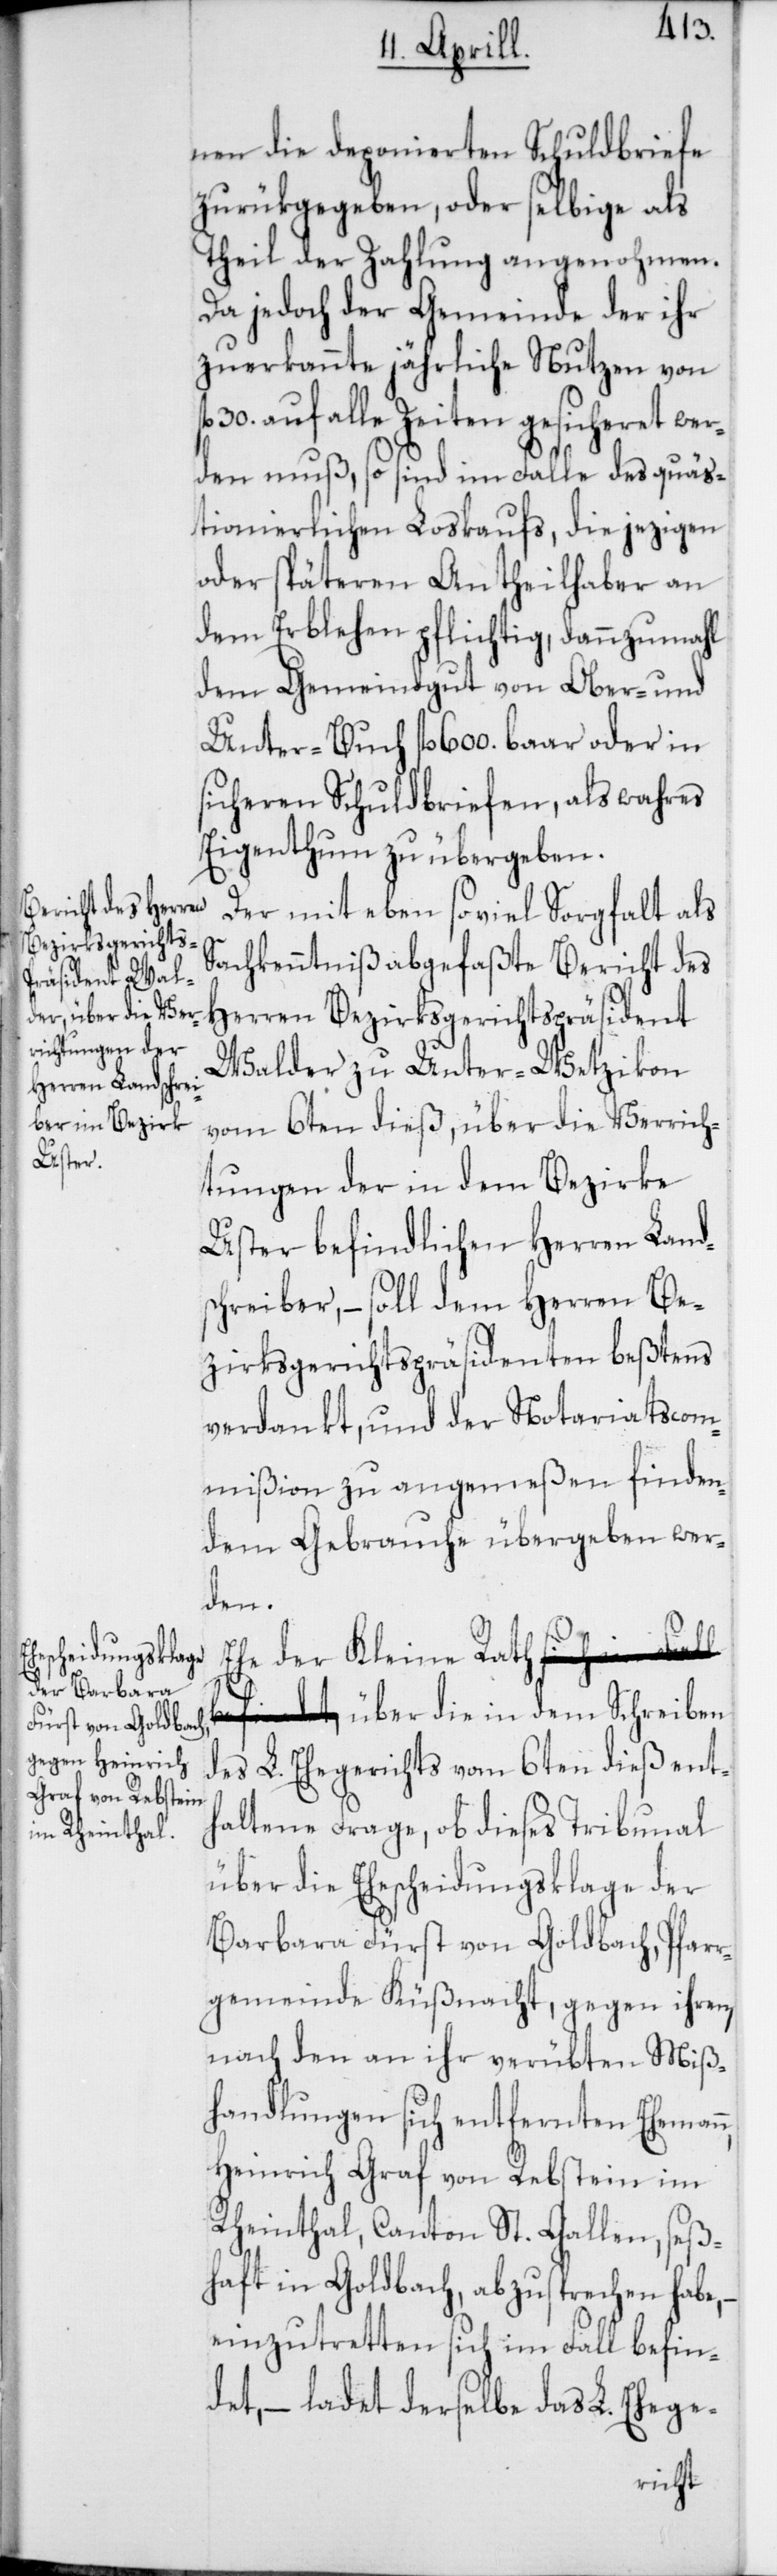
nen die deponierten Schuldbriefe
zurükgegeben, oder selbige als
Theil der Zahlung angenohmen.
Da jedoch der Gemeinde der ihr
zuerkannte jährliche Nutzen von
30. auf alle Zeiten gesicheret wer¬
den muß, so sind im Falle des quäs¬
tionierlichen Loskaufs die jezigen
oder späteren Antheilhaber an
dem Erblehen pflichtig, dannzumahl
dem Gemeindgut von Ober- und
Unter-Buch fl. 600. baar oder in
sicheren Schuldbriefen, als wahres
Eigenthum zu übergeben.
Der mit eben so viel Sorgfalt als
Sachkenntniß abgefaßte Bericht des
Herren Bezirksgerichtspräsident
Walder zu Unter-Wetzikon
vom 6ten dieß, über die Verrich¬
tungen der in dem Bezirke
Uster befindlichen Herren Land¬
schreiber, – soll dem Herren Be¬
zirksgerichtspräsidenten beßtens
verdankt, und der Notariatscom¬
mißion zu angemeßen finden¬
dem Gebrauche übergeben wer¬
der
Kleine Rath über die in dem Schreiben
des L. Ehegerichts vom 6ten dieß ent¬
haltene Frage, ob dieses Tribunal
über die Ehescheidungsklage der
Barbara Fürst von Goldbach, Pfarr¬
gemeinde Küßnacht, gegen ihren,
nach den an ihr verübten Miß¬
handlungen sich entfernten Ehemann,
Heinrich Graf von Rebstein im
Rheinthal, Canton St. Gallen, seß¬
haft in Goldbach, abzusprechen habe, –
einzutretten sich im Fall befin¬
det, – ladet derselbe das L. Ehege-